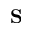
\mathbf { S }